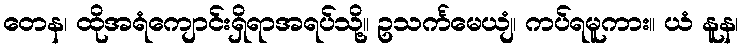
တေန၊ ထိုအရံကျောင်းရှိရာအရပ်သို့။ ဥသင်္ကမေယျံ၊ ကပ်ရမူကား။ ယံ နူန၊